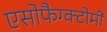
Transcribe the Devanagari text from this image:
एसोफैग्क्टोमी